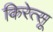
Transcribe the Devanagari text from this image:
किरेत्सू